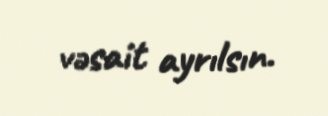
vəsait ayrılsın.